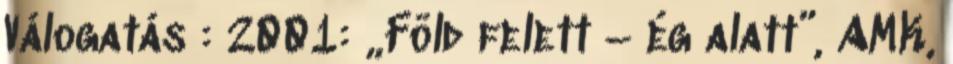
Válogatás : 2001: „Föld felett – ég alatt”, AMK,